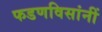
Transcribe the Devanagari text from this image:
फडणविसांनीं